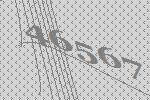
46567